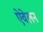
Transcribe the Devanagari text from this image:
ऐवेलन